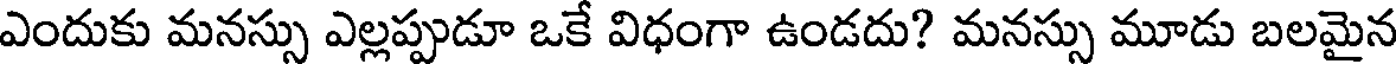
ఎందుకు మనస్సు ఎల్లప్పుడూ ఒకే విధంగా ఉండదు? మనస్సు మూడు బలమైన